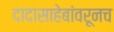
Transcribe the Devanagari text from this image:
दादासाहेबांवरूनच